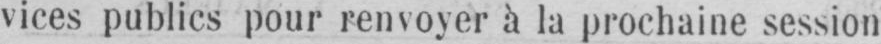
vices publics pour renvoyer à la prochaine session